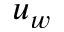
u _ { w }